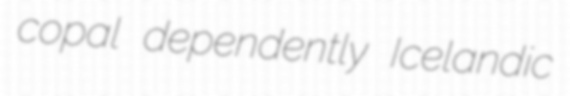
copal dependently Icelandic